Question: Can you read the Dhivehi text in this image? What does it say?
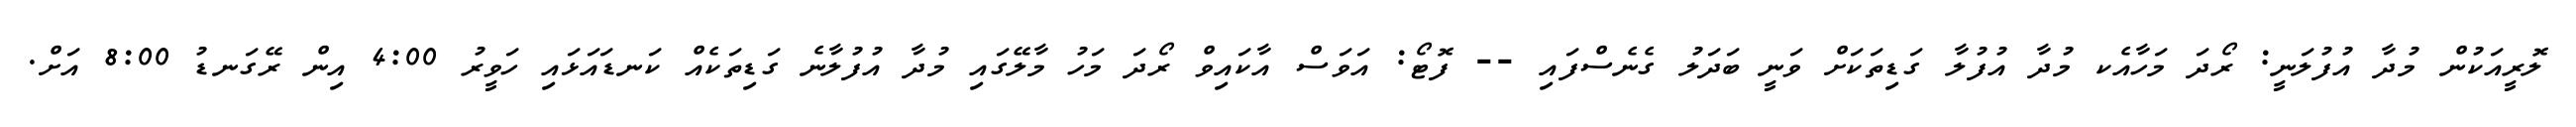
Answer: ލޮރީއަކުން މުދާ އުފުލަނީ: ރޯދަ މަހާއެކ މުދާ އުފުލާ ގަޑިތަކަށް ވަނީ ބަދަލު ގެނެސްފައި -- ފޮޓޯ: އަވަސް އާކައިވް ރޯދަ މަހު މާލޭގައި މުދާ އުފުލާނެ ގަޑިތަކެއް ކަނޑައަޅައި ހަވީރު 4:00 އިން ރޭގަނޑު 8:00 އަށް.